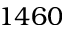
1 4 6 0